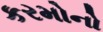
કરમોનો